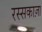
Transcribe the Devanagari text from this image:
रस्सकाज़ा